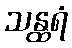
သန္ထရံ